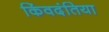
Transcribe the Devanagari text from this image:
किंवदंतिया